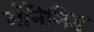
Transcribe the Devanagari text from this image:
गॅनिमिड